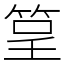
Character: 䇸